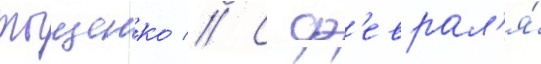
тыщенко // С ф'еврал'я́